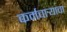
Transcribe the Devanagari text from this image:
कर्मचार्‍याचा